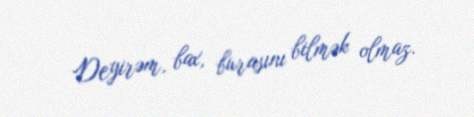
Deyirəm, bax, burasını bilmək olmaz.